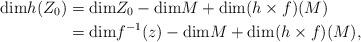
LaTeX: \begin{align*}\mathrm{dim} h(Z_0) &= \mathrm{dim} Z_0 - \mathrm{dim} M + \mathrm{dim} (h \times f)(M)\\&= \mathrm{dim} f^{-1}(z) - \mathrm{dim} M + \mathrm{dim} (h \times f)(M),\end{align*}